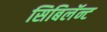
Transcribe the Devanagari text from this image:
सिबिलॅन्ट